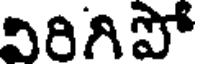
విరిగిపో